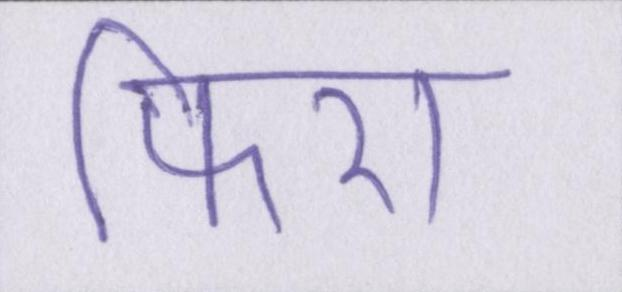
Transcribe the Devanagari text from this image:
फिरा